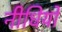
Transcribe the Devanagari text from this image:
नीधियों